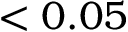
< 0 . 0 5